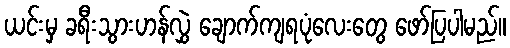
ယင်းမှ ခရီးသွားဟန်လွှဲ ချောက်ကျရပုံလေးတွေ ဖော်ပြပါမည်။